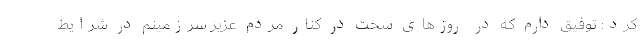
کرد: توفیق دارم که در روزهای سخت در کنار مردم عزیز سرزمینم در شرایط